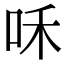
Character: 咊